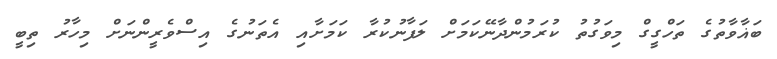
ބަޣާވާތުގެ ތަހްގީގް މިވަގުތު ކުރަމުންދާނޭކަމަށް ލަފާނުކުރާ ކަމަށާއި އެތަނުގެ އިސްވެރީންނަށް މިހާރު ތިބީ